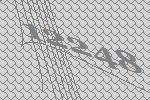
12248